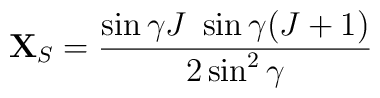
{\bf X}_{S}  = \frac{\sin\gamma J \ \sin\gamma (J+1)}{2\sin^2\gamma}  \,